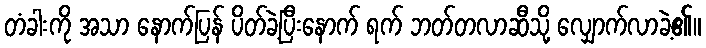
တံခါးကို အသာ နောက်ပြန် ပိတ်ခဲ့ပြီးနောက် ရက် ဘတ်တလာဆီသို့ လျှောက်လာခဲ့၏။